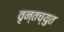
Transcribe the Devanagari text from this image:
वृन्तच्युत